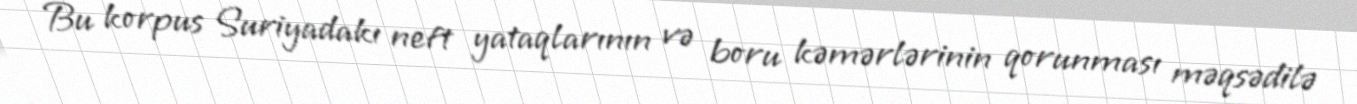
Bu korpus Suriyadakı neft yataqlarının və boru kəmərlərinin qorunması məqsədilə